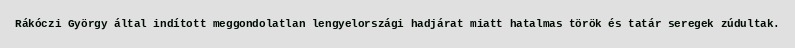
Rákóczi György által indított meggondolatlan lengyelországi hadjárat miatt hatalmas török és tatár seregek zúdultak.